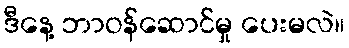
ဒီနေ့ ဘာဝန်ဆောင်မှု ပေးမလဲ။